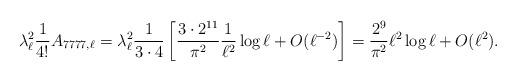
LaTeX: \begin{align*}{ \lambda _{\ell }^{2} \frac 1 {4!} A_{7777,\ell} =\lambda _{\ell }^{2} \frac{1}{3\cdot 4} \left[ \frac{3 \cdot 2^{11}}{\pi^2} \frac{1}{\ell^2} \log \ell +O(\ell^{-2})\right] = \frac{ 2^{9}}{\pi^2} \ell^2 \log \ell +O(\ell^{2}).}\end{align*}